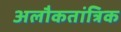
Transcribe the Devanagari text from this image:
अलौकतांत्रिक